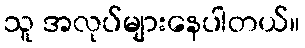
သူ အလုပ်များနေပါတယ်။